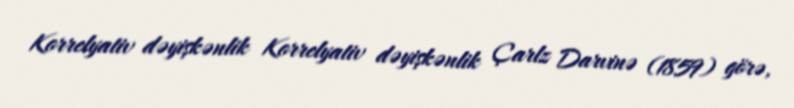
Korrelyativ dəyişkənlik Korrelyativ dəyişkənlik Çarlz Darvinə (1859) görə,